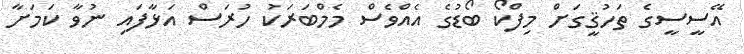
އޭސީސީގެ ތަހުޤީގަށް މިފްކޯ ބޯޑުގެ އެއްވެސް މެމްބަރަކު ހުރަސް އަޅާފައި ނުވާ ކަމަށާ